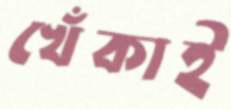
খেঁকাই